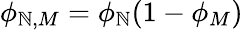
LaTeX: \phi_{\mathbb{N},M}=\phi_{\mathbb{N}}(1-\phi_{M})